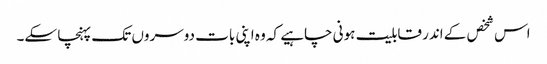
اس شخص کے اندر قابلیت ہونی چاہیے کہ وہ اپنی بات دوسروں تک پہنچا سکے۔